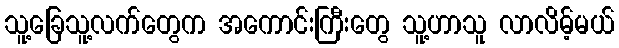
သူ့ခြေသူ့လက်တွေက အကောင်းကြီးတွေ သူ့ဟာသူ လာလိမ့်မယ်